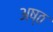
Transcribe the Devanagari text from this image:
अष्‍ठ